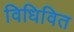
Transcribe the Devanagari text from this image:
विधिवित